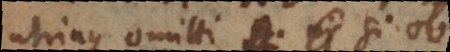
utrinque omitti A. Si ob